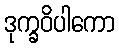
ဒုက္ခဝိပါကော